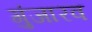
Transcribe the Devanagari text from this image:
गुंजारव